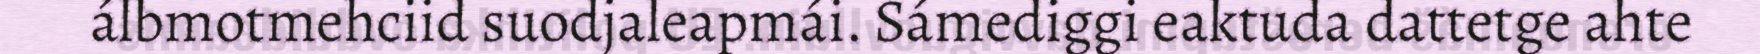
álbmotmehciid suodjaleapmái. Sámediggi eaktuda dattetge ahte